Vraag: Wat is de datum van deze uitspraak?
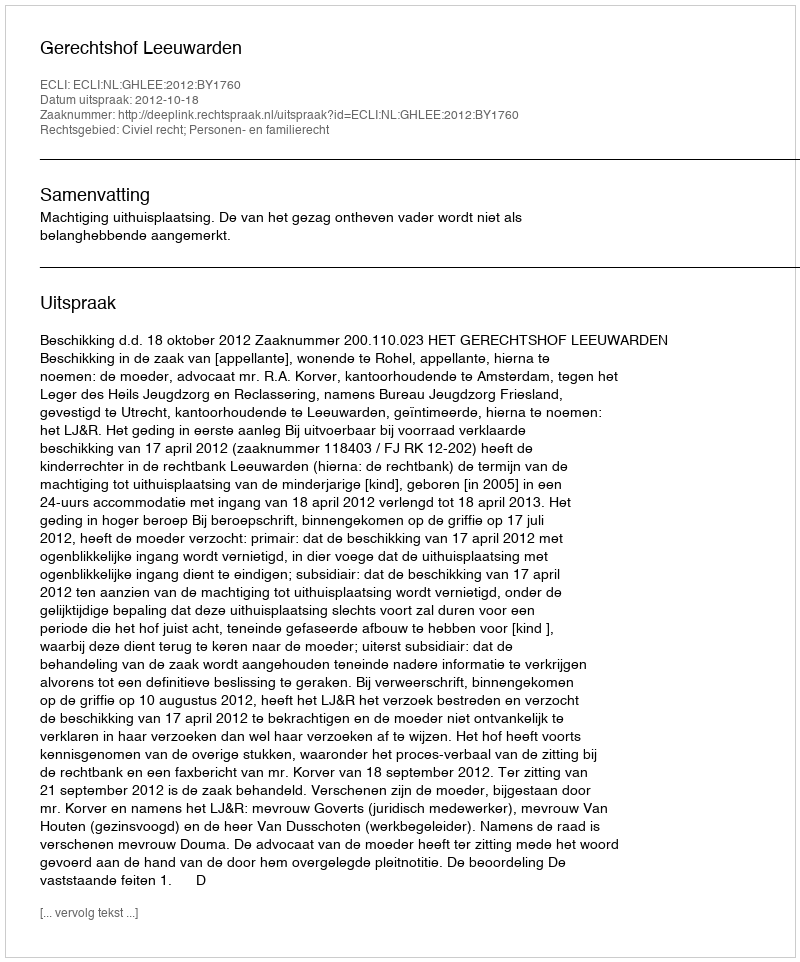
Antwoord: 2012-10-18